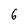
Character: 6